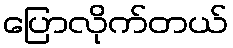
ပြောလိုက်တယ်